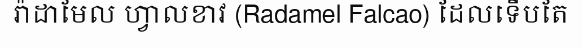
រ៉ាដាមែល ហ្វាលខាវ (Radamel Falcao) ដែលទើបតែ